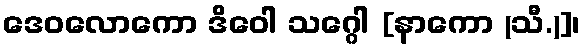
ဒေဝလောကော ဒိဝေါ သဂ္ဂေါ [နာကော (သီ.)]၊